Juri_Uluots, lk 48
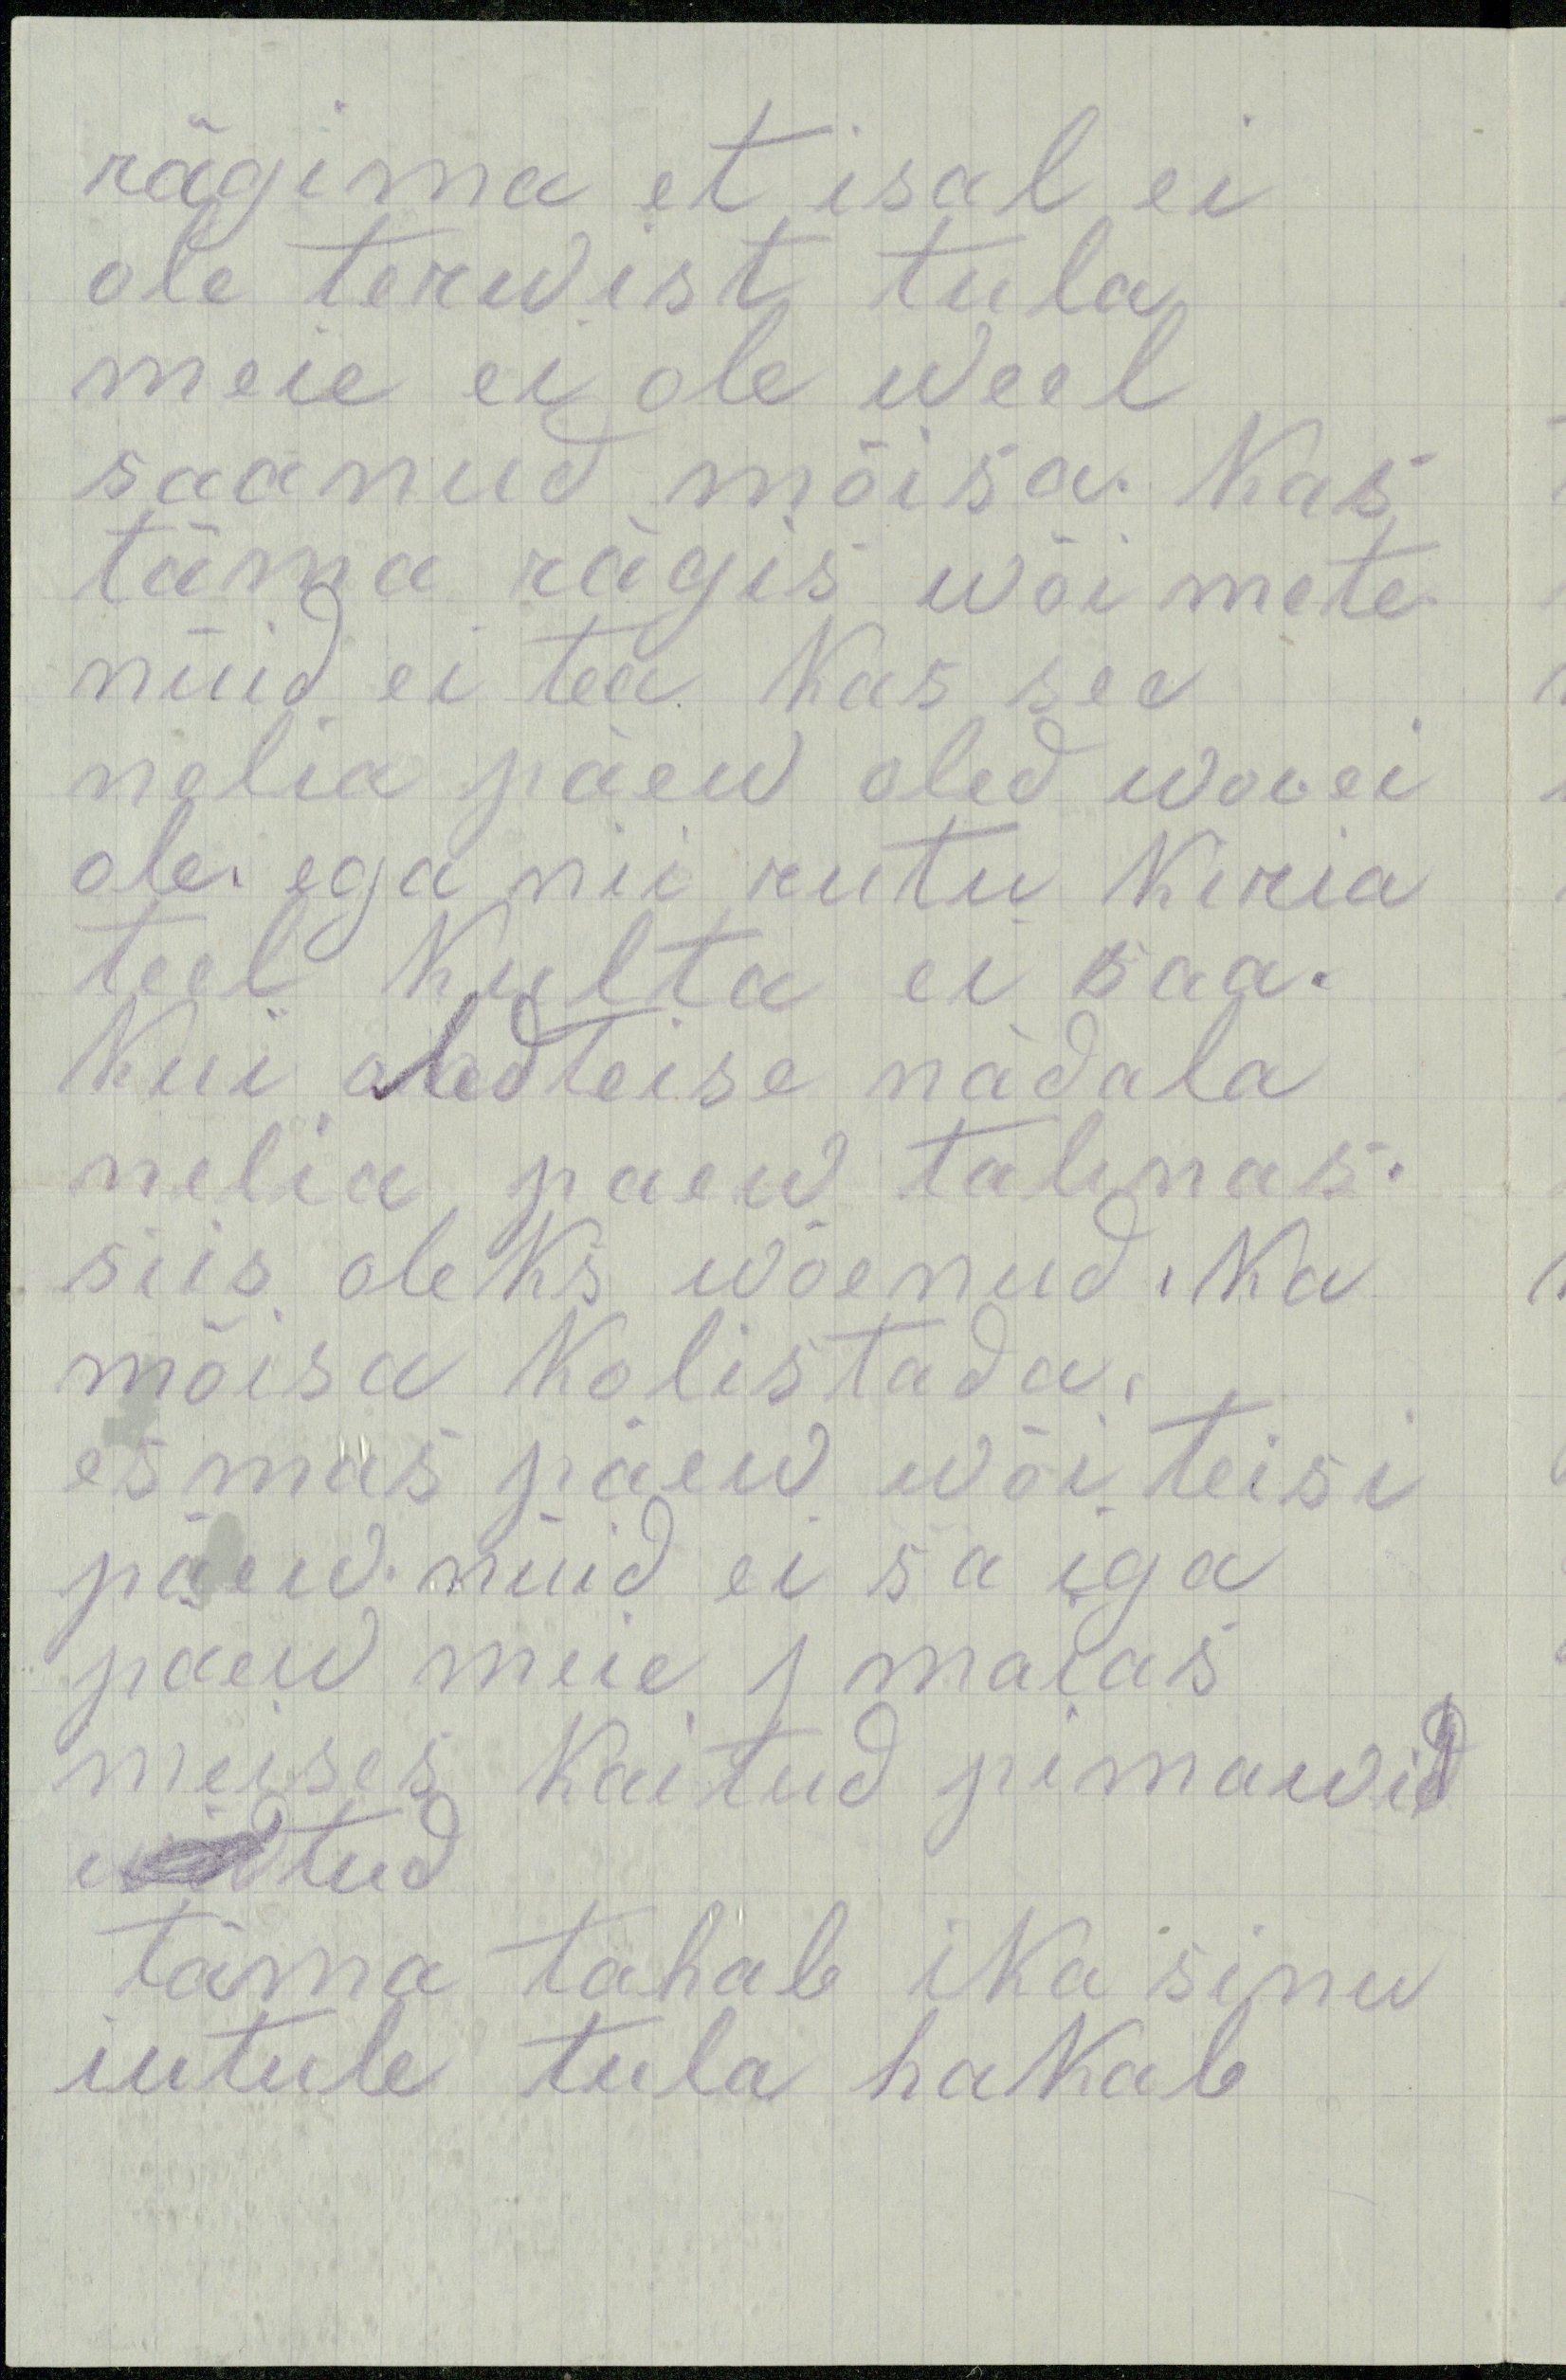
rägima et isal ei
ole terwist tula
meie ei ole weel
saanud mõisa. Kas
täma rägis wõi mete
nüid ei tea kas see
nelia päew oled woi ei
ole ega nii rutu kiria
teel kulta ei saa.
Kui oled teise nädala
nelia paew talinas.
siis oleks wõenud. Ka
mõisa kolistada.
esmas päew wõi teisi
päew. nüid ei sa iga
paew meie 1 maias
meises kaitud pimawid
widtud
täma tahab ika sinu
iutule tula hakab